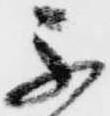
不